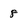
Character: 8